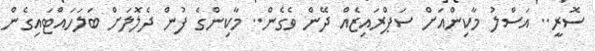
ސޮރީ.. އަސްލު މާކިންއަށް ސަޕްރައިޒެއް ދޭން ވެގެން.. މާކިންގެ ފުން ދެލޮލަށް ބަލަހައްޓައިގެން